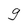
Character: g